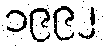
၁၉၉၂